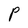
Character: P